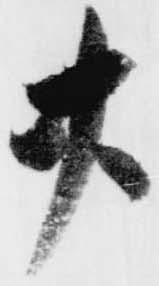
廿